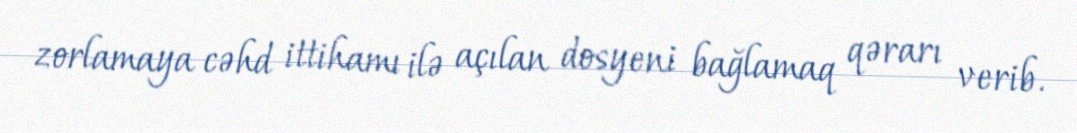
zorlamaya cəhd ittihamı ilə açılan dosyeni bağlamaq qərarı verib.